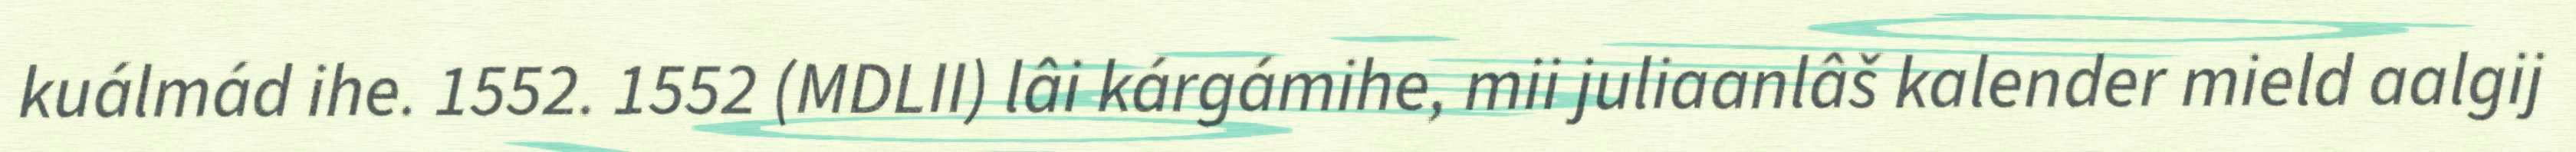
kuálmád ihe. 1552. 1552 (MDLII) lâi kárgámihe, mii juliaanlâš kalender mield aalgij